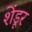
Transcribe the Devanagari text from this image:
शेंडूर